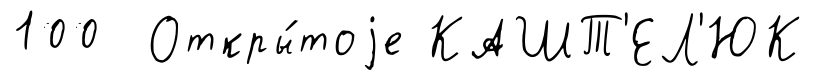
100 Откры́тоjе КАШТ'ЕЛ'ЮК